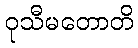
ဝုသီမတောတိ